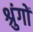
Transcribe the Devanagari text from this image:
श्रुंगों